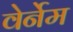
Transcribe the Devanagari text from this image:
वेर्नेम